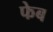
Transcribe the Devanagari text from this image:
फेब